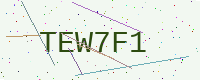
Text: TEW7F1